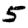
Digit: 5